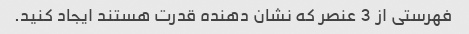
فهرستی از 3 عنصر که نشان دهنده قدرت هستند ایجاد کنید.